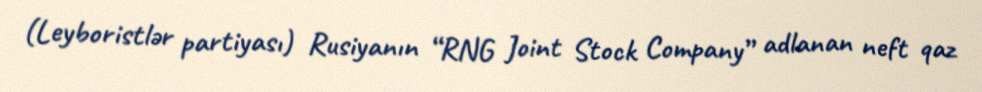
(Leyboristlər partiyası) Rusiyanın “RNG Joint Stock Company” adlanan neft qaz